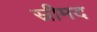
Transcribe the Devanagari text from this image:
स्रीमद